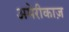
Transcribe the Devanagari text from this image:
अमेरीकाज़